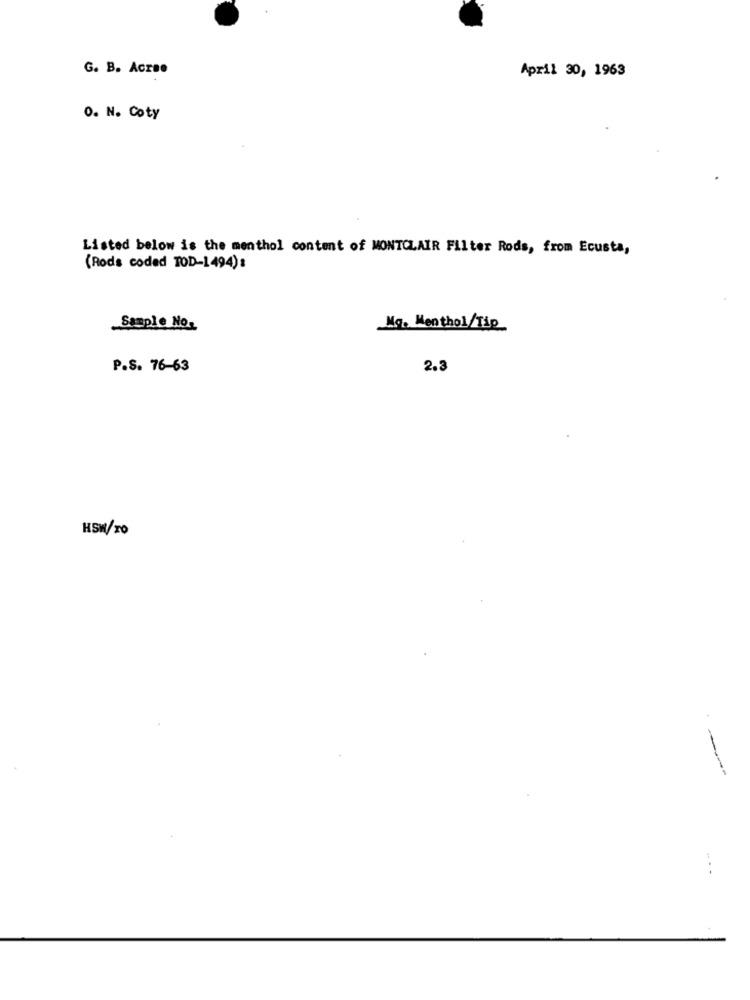
G. B. Acrse
April 30, 1963
O. N. Coty
Listed below is the menthol content of MONTCLAIR Filter Rods, from Ecusta,
(Rods coded TOD-1494):
Sample No.
Mq. Menthol/Tip
P.S. 76-63
2.3
HSW/TO
-
...